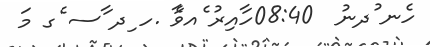
ހެނ ުދނު  08:40ހާއިރު ެއވެާ .ހ ިދ ާސ ެގ މަ